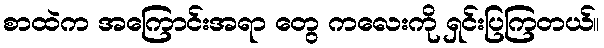
စာထဲက အကြောင်းအရာ တွေ ကလေးကို ရှင်းပြကြတယ်။